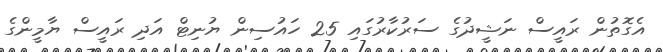
އެގޮތުން ރައީސް ނަޝީދުގެ ސަރުކާރުގައި 25 ހައުސިން ޔުނިޓް އަދި ރައީސް ޔާމީންގެ